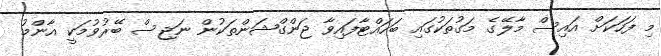
މި ފަހަކަށް އައިސް މާލޭގެ މަގުތަކުގައި ބަހައްޓާފައިވާ ޖަންގްޝަންތަކުން ނަޖިސް ބޭރުވުމަކީ އާންމު